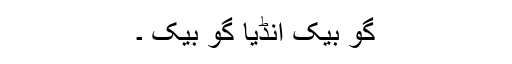
گو بیک انڈیا گو بیک ۔